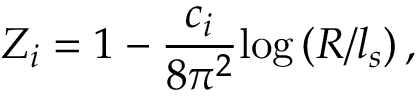
Z _ { i } = 1 - \frac { c _ { i } } { 8 \pi ^ { 2 } } \mathrm { l o g } \left( R / l _ { s } \right) ,